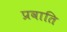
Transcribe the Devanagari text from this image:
प्रवाति